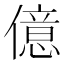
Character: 億